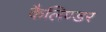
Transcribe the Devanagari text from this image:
कैलिण्डर